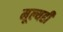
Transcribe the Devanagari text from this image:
मूल्यही